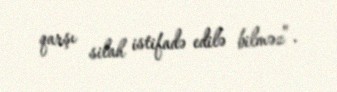
qarşı silah istifadə edilə bilməz”.